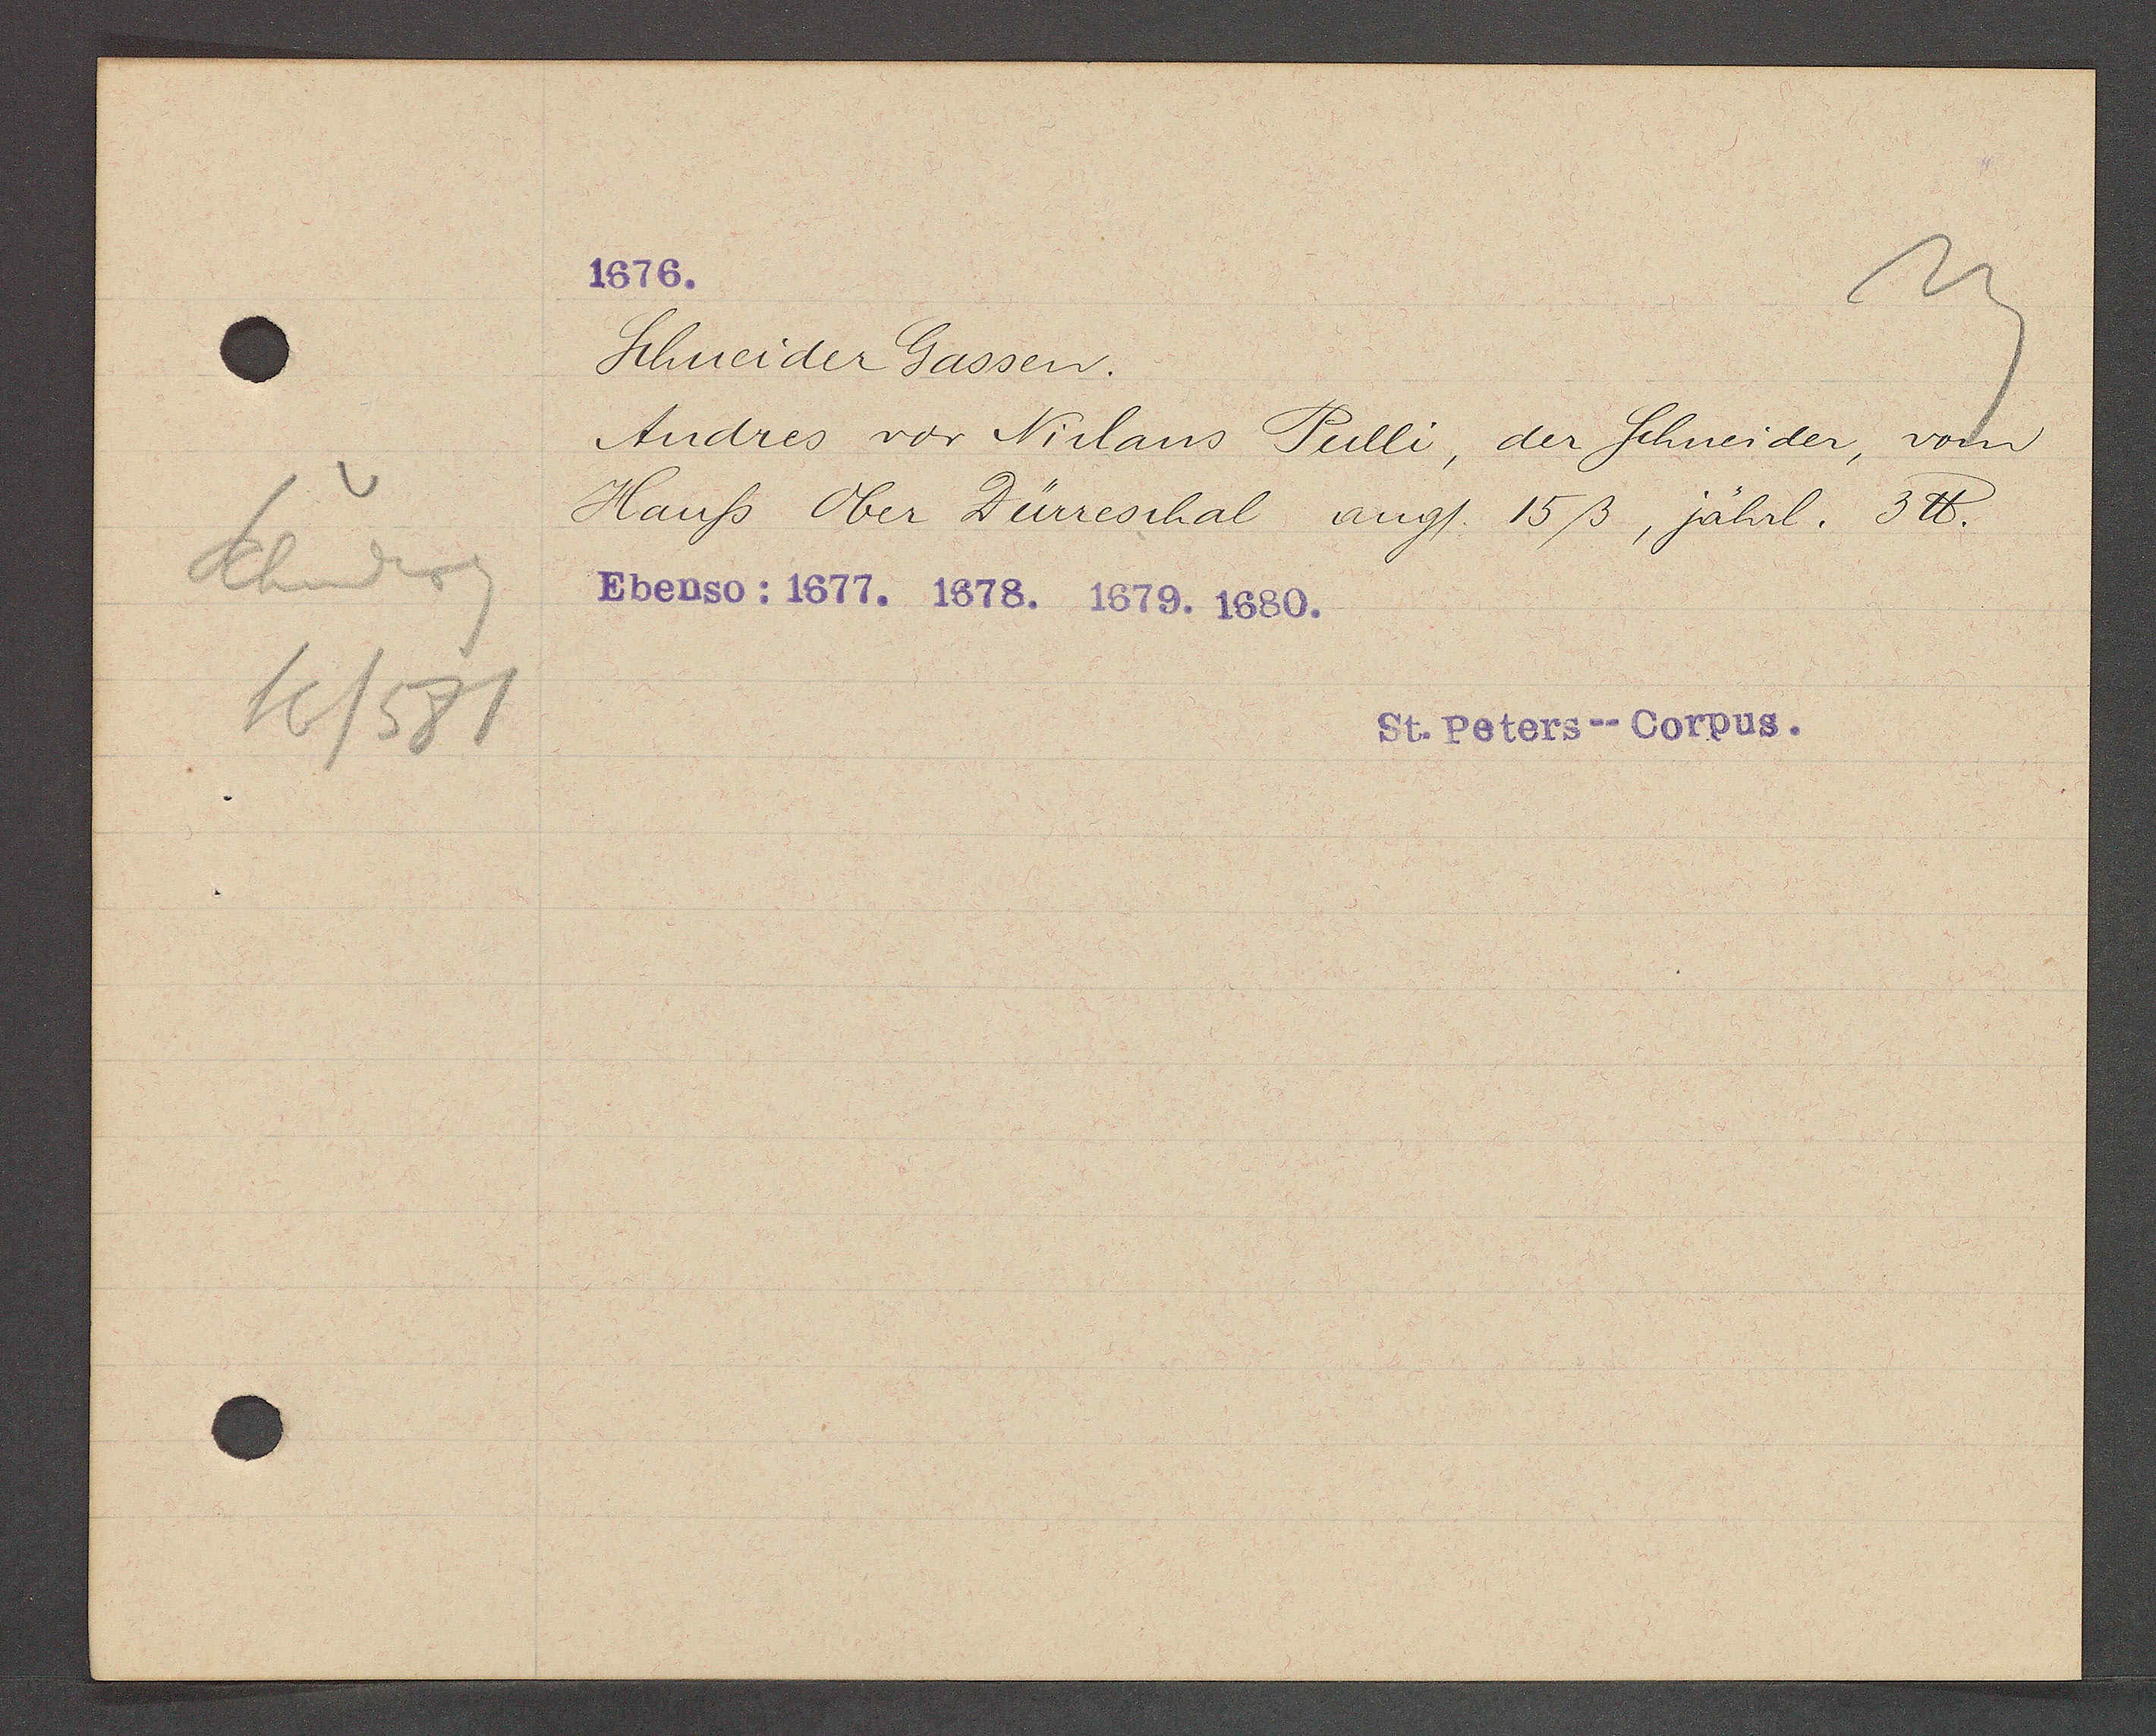
Transcript:
Schneiderg
16/581

1676.

Schneider Gassen.
Andres vor Niclaus Pulli, der Schneider, vom
Hauss Ober Dürreschal angl. 15ß, jährl. 3℔.
Ebenso: 1677. 1678. 1679. 1680.

St. Peters--Corpus.